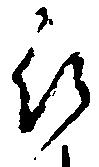
被